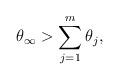
LaTeX: \begin{align*}\theta_{\infty}>\sum_{j=1}^m \theta_j,\end{align*}